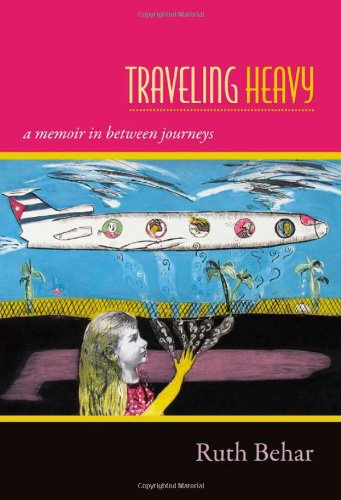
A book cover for Traveling Heavy: A Memoir in between Journeys; Ruth Behar; Travel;